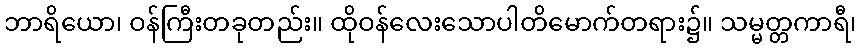
ဘာရိယော၊ ဝန်ကြီးတခုတည်း။ ထိုဝန်လေးသောပါတိမောက်တရား၌။ သမ္မတ္တကာရီ၊